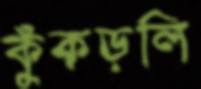
কুঁকড়লি